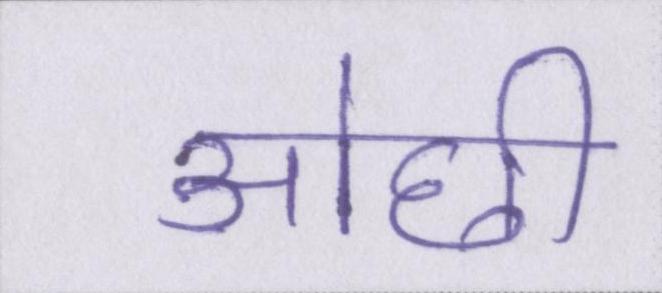
ओछी